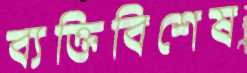
ব্যক্তিবিশেষ